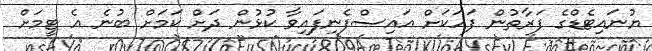
ޔުނައިޓެޑްގެ ފަރާތުން ފަހަކަށް އައިސްފެނިފައިވާ ކުޅުން ދަށް ކަމަށް ބުނެ އެ ޓީމަށް